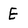
Character: E